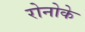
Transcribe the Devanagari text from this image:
रोनोके